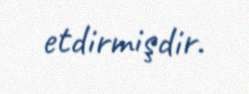
etdirmişdir.